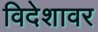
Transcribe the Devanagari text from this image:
विदेशावर